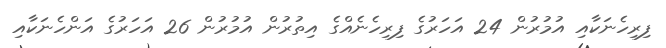
ފިރިހެނަކާއި އުމުރުން 24 އަހަރުގެ ފިރިހެނެއްގެ އިތުރުން އުމުރުން 26 އަހަރުގެ އަންހެނަކާއި